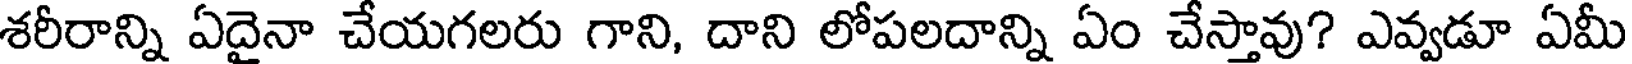
శరీరాన్ని ఏదైనా చేయగలరు గాని, దాని లోపలదాన్ని ఏం చేస్తావు? ఎవ్వడూ ఏమీ